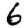
Digit: 6